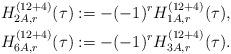
LaTeX: \begin{align*}H^{(12+4)}_{2A,r}(\tau)&:=-(-1)^rH^{(12+4)}_{1A,r}(\tau),\\H^{(12+4)}_{6A,r}(\tau)&:=-(-1)^rH^{(12+4)}_{3A,r}(\tau).\end{align*}